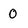
Character: 0